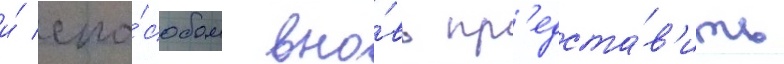
и́ спо́собом вно́вь пр'едста́в'ить